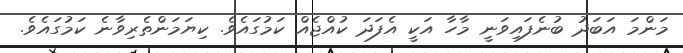
މަންމަ އަބަދު ބުނެފައިވަނީ މާހާ އަކީ އެފަދަ ކުއްޖެއް ކަމުގައެވެ. ކިޔަމަންތެރިވާނެ ކަމުގައެވެ.